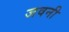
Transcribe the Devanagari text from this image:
जवनी